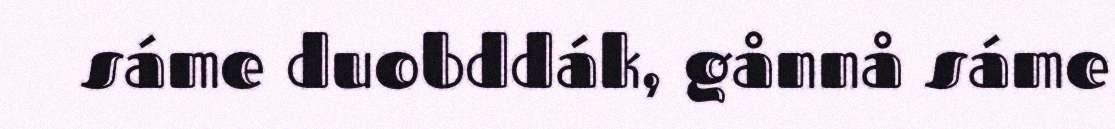
sáme duobddák, gånnå sáme